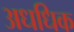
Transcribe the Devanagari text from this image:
अधधिक